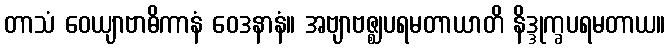
တာသံ ဝေယျာဗာဓိကာနံ ဝေဒနာနံ။ အဗျာဗဇ္ဈပရမတာယာတိ နိဒ္ဒုက္ခပရမတာယ။